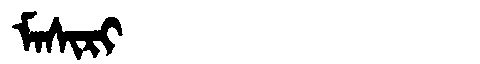
Manchu: ᠮᠠᠰᡳᡵᡳ
Romanization: MASIRI